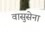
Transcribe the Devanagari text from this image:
वासुसेना